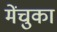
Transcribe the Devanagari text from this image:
मेंचुका